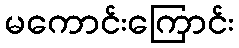
မကောင်းကြောင်း